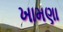
ખામણા